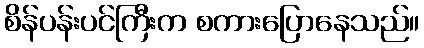
စိန်ပန်းပင်ကြီးက စကားပြောနေသည်။